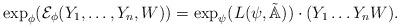
LaTeX: \begin{align*}\exp_{\phi}(\mathcal{E}_{\phi}(Y_1,\dots,Y_n,W))=\exp_{\psi}(L(\psi,\tilde{\mathbb{A}}))\cdot (Y_1\dots Y_nW). \end{align*}